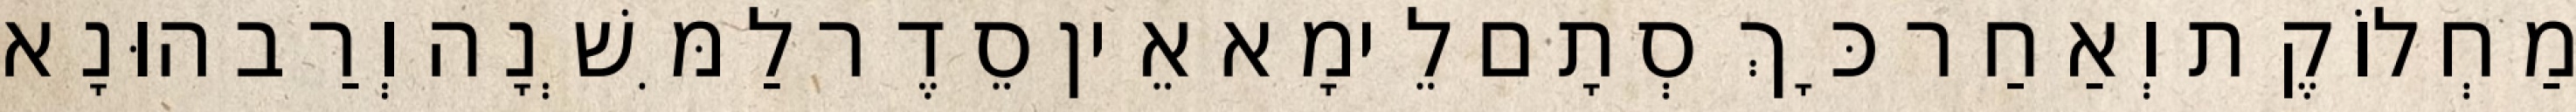
מַחְלוֹקֶת וְאַחַר כָּךְ סְתָם לֵימָא אֵין סֵדֶר לַמִּשְׁנָה וְרַב הוּנָא